Report of the Indian Hemp Drugs Commission, 1894-1895 - Volume V
Year: 1894
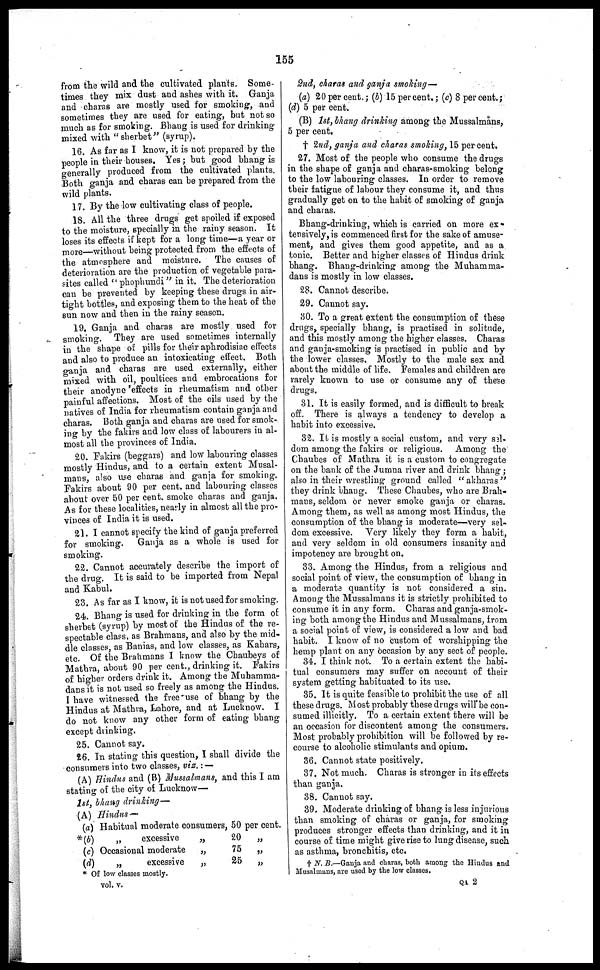
155
from the wild and the cultivated plants. Some-
times they mix dust and ashes with it. Ganja
and charas are mostly used for smoking, and
sometimes they are used for eating, but not so
much as for smoking. Bhang is used for drinking
mixed with "sherbet" (syrup).
16. As far as I know, it is not prepared by the
people in their houses. Yes; but good bhang is
generally produced from the cultivated plants.
Both ganja and charas can be prepared from the
wild plants.
17. By the low cultivating class of people.
18. All the three drugs get spoiled if exposed
to the moisture, specially in the rainy season. It
loses its effects if kept for a long time—a year or
more-without being protected from the effects of
the atmosphere and moisture. The causes of
deterioration are the production of vegetable para-
sites called "phophundi" in it. The deterioration
can be prevented by keeping these drugs in air-
tight bottles, and exposing them to the heat of the
sun now and then in the rainy season.
19. Ganja and charas are mostly used for
smoking. They are used sometimes internally
in the shape of pills for their aphrodisiac effects
and also to produce an intoxicating effect. Both
ganja and charas are used externally, either
mixed with oil, poultices and embrocations for
their anodyne effects in rheumatism and other
painful affections. Most of the oils used by the
natives of India for rheumatism contain ganja and
charas. Both ganja and charas are used for smok-
ing by the fakirs and low class of labourers in al-
most all the provinces of India.
20. Fakirs (beggars) and low labouring classes
mostly Hindus, and to a certain extent Musal-
mans, also use charas and ganja for smoking.
Fakirs about 90 per cent. and labouring classes
about over 50 per cent. smoke charas and ganja.
As for these localities, nearly in almost all the pro-
vinces of India it is used.
21. I cannot specify the kind of ganja preferred
for smoking. Ganja as a whole is used for
smoking.
22. Cannot accurately describe the import of
the drug. It is said to be imported from Nepal
and Kabul.
23. As far as I know, it is not used for smoking.
24. Bhang is used for drinking in the form of
sherbet (syrup) by most of the Hindus of the re-
spectable class, as Brahmans, and also by the mid-
dle classes, as Banias, and low classes, as Kahars,
etc. Of the Brahmans I know the Chaubeys of
Mathra, about 90 per cent., drinking it. Fakirs
of higher orders drink it. Among the Muhamma-
dans it is not used so freely as among the Hindus.
I have witnessed the free use of bhang by the
Hindus at Mathra, Lahore, and at Lucknow. I
do not know any other form of eating bhang
except drinking.
25. Cannot say.
26. In stating this question, I shall divide the
consumers into two classes, viz.:—
(A) Hindus and (B) Mussalmans, and this I am
stating of the city of Lucknow—
1st, bhang drinking—
(A) Hindus-
(a)
*(b)
(c)
(d)
Habitual moderate consumers, 50 per cent.
„
excessive
„
Occasional moderate
„
„
excessive
„
20
„
75
„
35
„
* Of low classes mostly.
2nd, charas and ganja smoking—
(a) 20 per cent.; (b) 15 per cent.; (c) 8 per cent.;
(d) 5 per cent.
(B) 1st, bhang drinking among the Mussalmans,
5 per cent.
† 2nd, ganja and charas smoking, 1, 5 per cent.
27. Most of the people who consume the drugs
in the shape of ganja and charas-smoking belong
to the low labouring classes. In order to remove
their fatigue of labour they consume it, and thus
gradually get on to the habit of smoking of ganja
and charas.
Bhang-drinking, which is carried on more ex-
tensively, is commenced first for the sake of amuse-
ment, and gives them good appetite, and as a
tonic. Better and higher classes of Hindus drink
bhang. Bhang-drinking among the Muhamma-
dans is mostly in low classes.
28. Cannot describe.
29. Cannot say.
30. To a great extent the consumption of these
drugs, specially bhang, is practised in solitude,
and this mostly among the higher classes. Charas
and ganja-smoking is practised in public and by
the lower classes. Mostly to the male sex and
about the middle of life. Females and children are
rarely known to use or consume any of these
drugs.
31. It is easily formed, and is difficult to break
off. There is always a tendency to develop a
habit into excessive.
32. It is mostly a social custom, and very sel-
dom among the fakirs or religious. Among the
Chaubes of Mathra it is a custom to congregate
on the bank of the Jumna river and drink bhang;
also in their wrestling ground called "akharas"
they drink bhang. These Chaubes, who are Brah-
mans, seldom or never smoke ganja or charas.
Among them, as well as among most Hindus, the
consumption of the bhang is moderate—very sel-
dom excessive. Very likely they form a habit,
and very seldom in old consumers insanity and
impotency are brought on.
33. Among the Hindus, from a religious and
social point of view, the consumption of bhang in
a moderate quantity is not considered a sin.
Among the Mussalmans it is strictly prohibited to
consume it in any form. Charas and ganja-smok-
ing both among the Hindus and Mussalmans, from
a social point of view, is considered a low and bad
habit. I know of no custom of worshipping the
hemp plant on any occasion by any sect of people.
34. I think not. To a certain extent the habi-
tual consumers may suffer on account of their
system getting habituated to its use.
35. It is quite feasible to prohibit the use of all
these drugs. Most probably these drugs will be con-
sumed illicitly. To a certain extent there will be
an occasion for discontent among the consumers.
Most probably prohibition will be followed by re-
course to alcoholic stimulants and opium.
36. Cannot state positively.
37. Not much. Charas is stronger in its effects
than ganja.
38. Cannot say.
39. Moderate drinking of bhang is less injurious
than smoking of charas or ganja, for smoking
produces stronger effects than drinking, and it in
course of time might give rise to lung disease, such
as asthma, bronchitis, etc.
† N. B.—Ganja and charas, both among the Hindus and
Musalmans, are used by the low classes.
vol. v.
QA 2